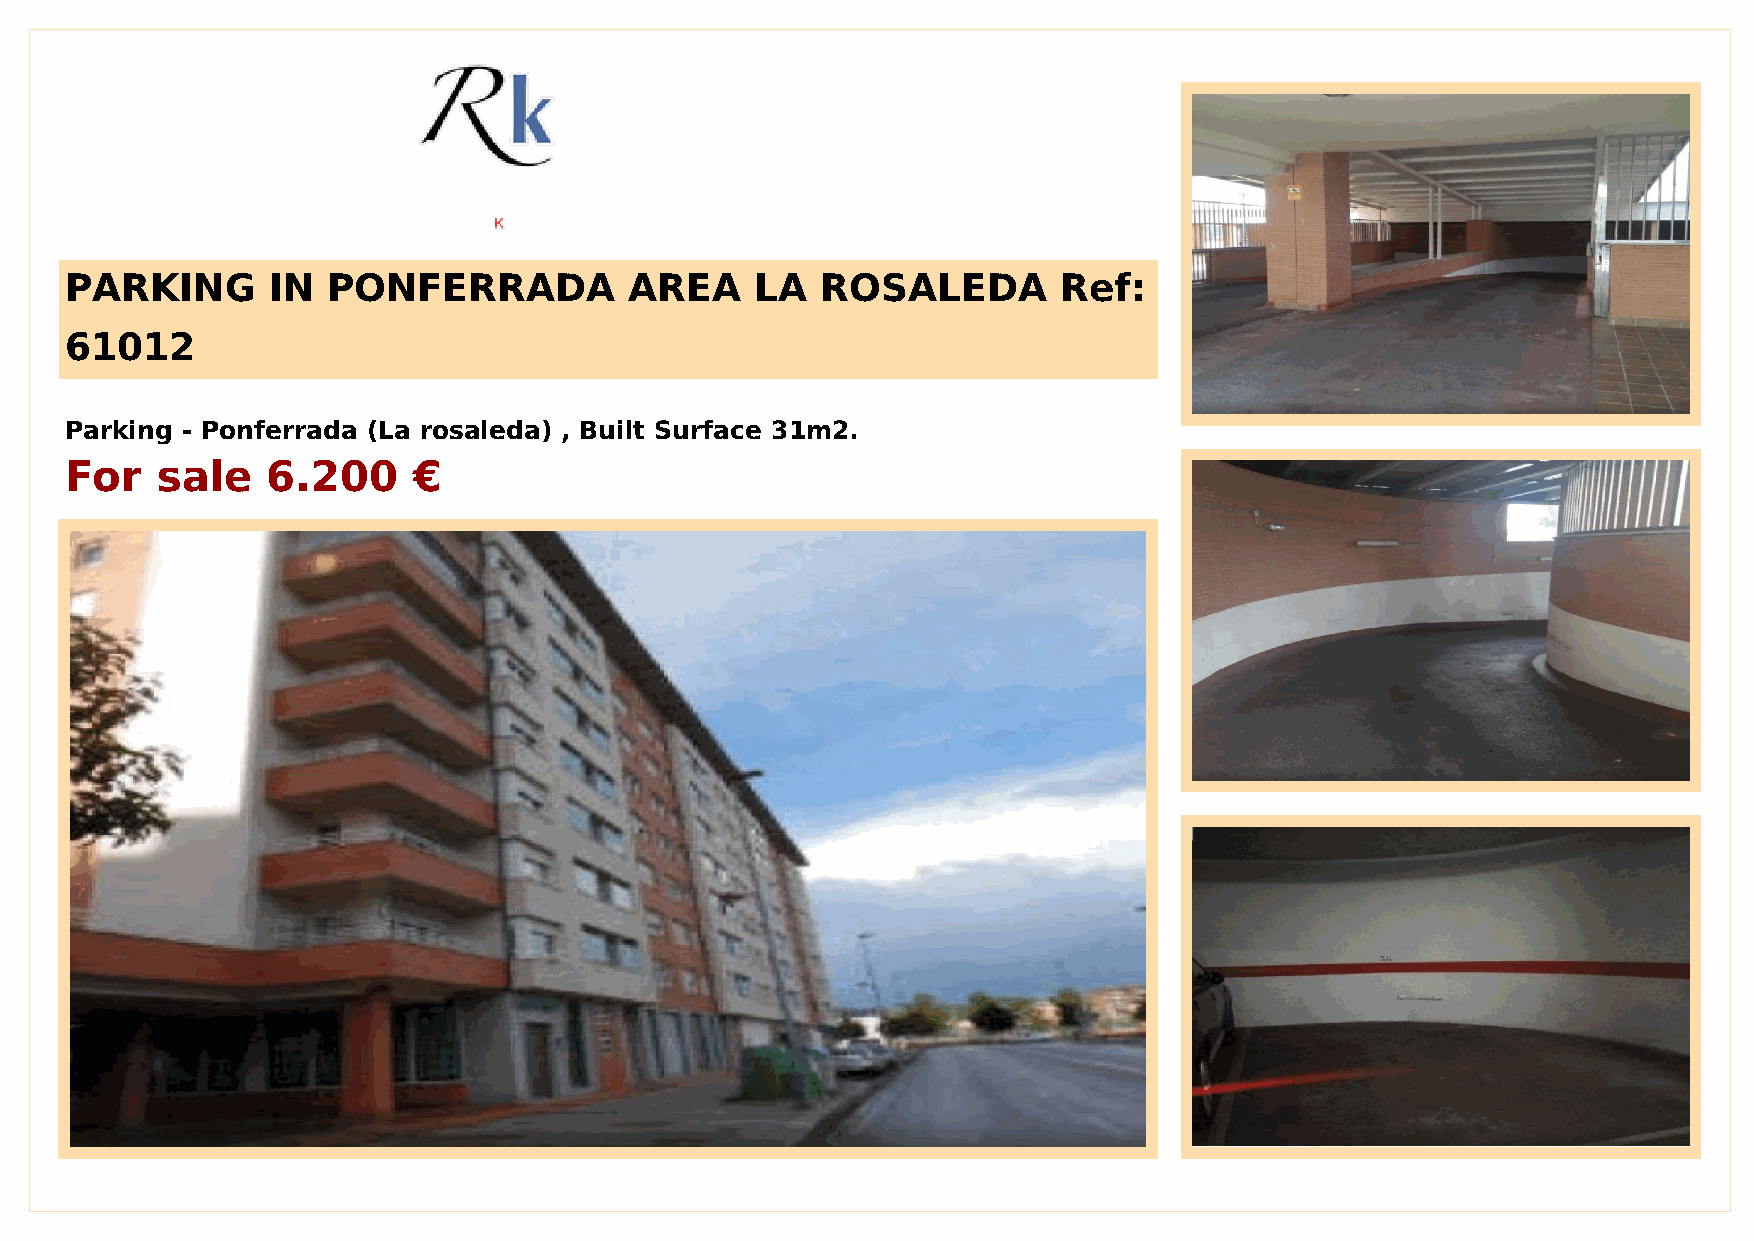
PARKING       IN  PONFERRADA          AREA    LA  ROSALEDA        Ref:
 61012
 Parking - Ponferrada (La rosaleda) , Built Surface 31m2.
 For   sale    6.200    €